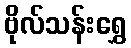
ဗိုလ်သန်းရွှေ